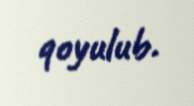
qoyulub.